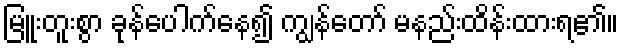
မြူးတူးစွာ ခုန်ပေါက်နေ၍ ကျွန်တော် မနည်းထိန်းထားရ၏။